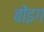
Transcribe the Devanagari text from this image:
बोंइग